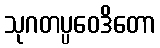
သုဂတပ္ပဝေဒိတော